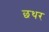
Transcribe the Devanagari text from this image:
छथर